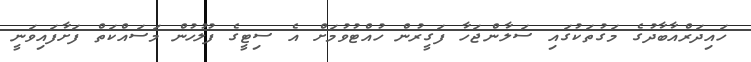
ހައިދަރްއާބާދުގެ މަގުތަކުގައި ސަލާންޖަހާ ފަގީރުން ހުއްޓުވުމަށް އެ ސިޓީގެ ފުލުހުން މަސައްކަތް ފަށާފައިވަނީ